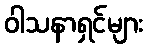
ဝါသနာရှင်များ